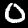
Label: 0